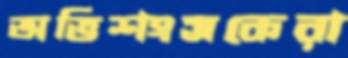
অভিশংসকেরা